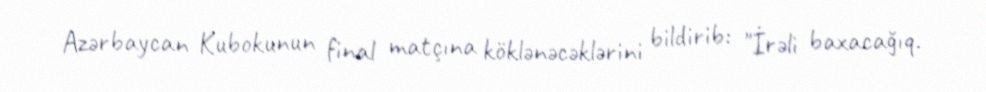
Azərbaycan Kubokunun final matçına köklənəcəklərini bildirib: "İrəli baxacağıq.